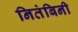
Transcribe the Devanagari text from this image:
नितंबिनी